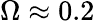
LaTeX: \Omega\approx 0.2